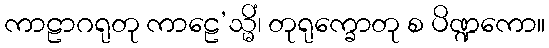
ကာဠာဂရုတု ကာဠေ’သ္မိံ၊ တုရုက္ခောတု စ ပိဏ္ဍကော။